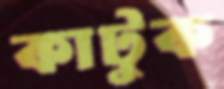
কাটুক